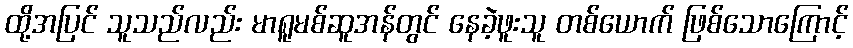
ထို့အပြင် သူသည်လည်း မာရူမစ်ဆူအန်တွင် နေခဲ့ဖူးသူ တစ်ယောက် ဖြစ်သောကြောင့်